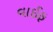
વાઈફ